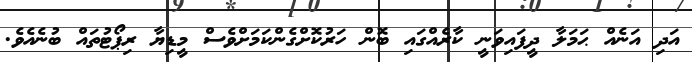
އަދި އަނެއް ޙަމަލާ ދީފައިވަނީ ކާރެއްގައި ބޮން ހަރުކޮށްގެންކަމަށްވެސް މީޑިޔާ ރިޕޯޓުތައް ބުނެއެވެ.